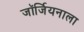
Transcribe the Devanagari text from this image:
जॉर्जियनाला